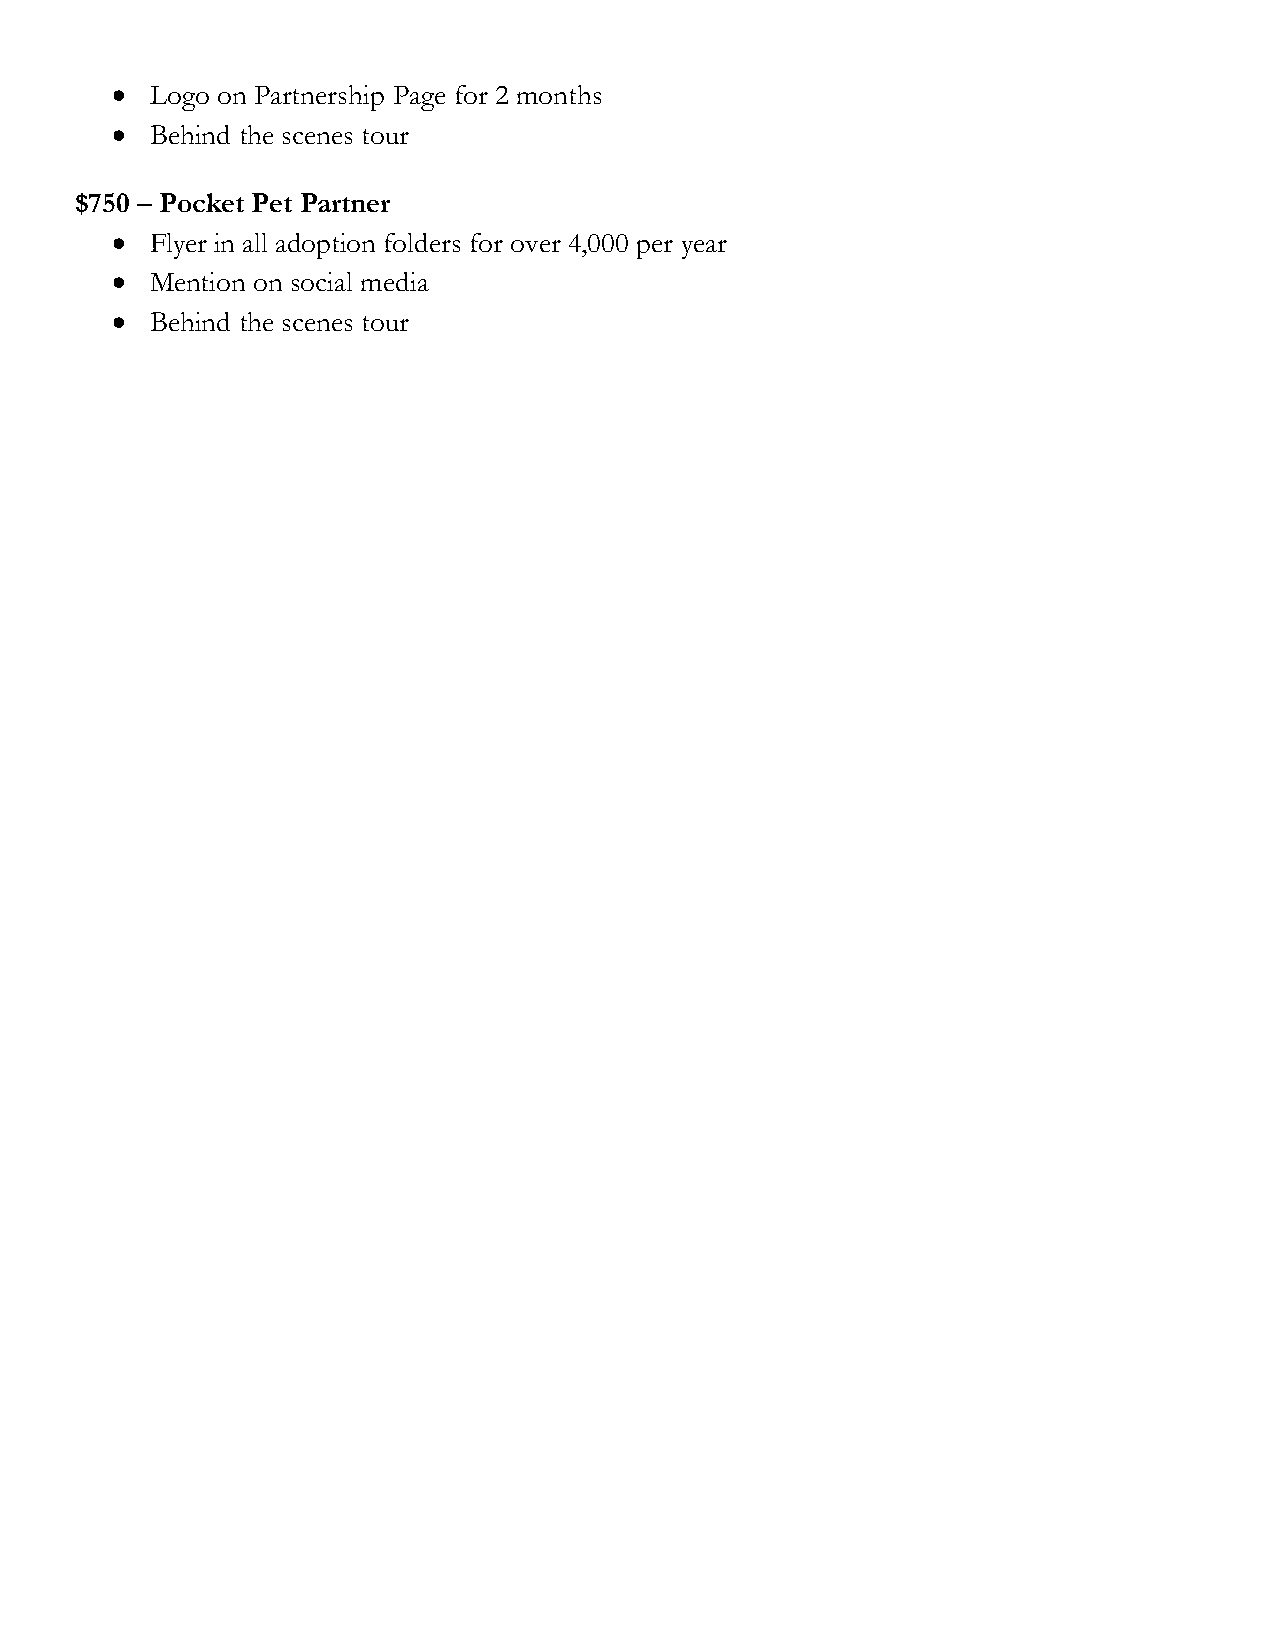
  Logo on Partnership Page for 2 months
   Behind the scenes tour
 $750 – Pocket Pet Partner
   Flyer in all adoption folders for over 4,000 per year
   Mention on social media
   Behind the scenes tour